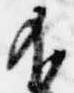
不